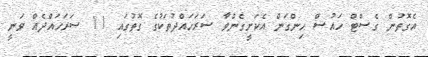
އެގޮތުން ގެސްޓް ހައުސް ހިންގަން އެކަށީގެންވާ ސަރަހައްދުތަކުގެ ގޮތުގައި 11 ސަރަހައްދެއް ވަނީ